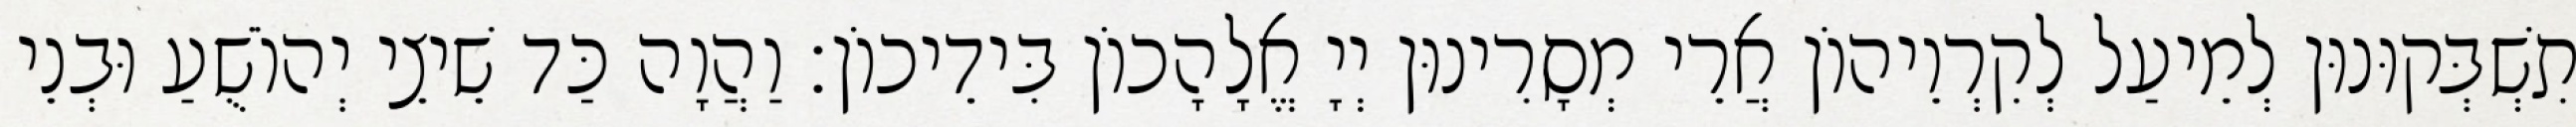
תִשְׁבְּקוּנוּן לְמֵיעַל לְקִרְוֵיהוֹן אֲרֵי מְסָרִינוּן יְיָ אֱלָהָכוֹן בִּידֵיכוֹן׃ וַהֲוָה כַּד שֵׁיצֵי יְהוֹשֻׁעַ וּבְנֵי